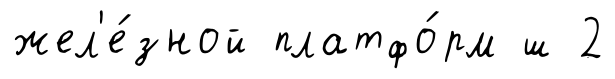
жел'е́зной платфо́рм ш 2